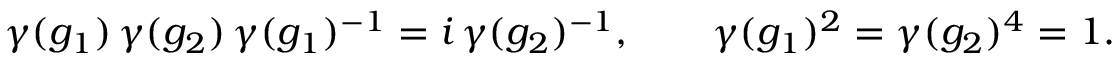
\gamma ( g _ { 1 } ) \, \gamma ( g _ { 2 } ) \, \gamma ( g _ { 1 } ) ^ { - 1 } = i \, \gamma ( g _ { 2 } ) ^ { - 1 } , \qquad \gamma ( g _ { 1 } ) ^ { 2 } = \gamma ( g _ { 2 } ) ^ { 4 } = 1 .